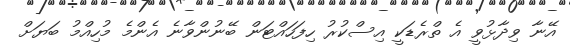
އޭނާ ވިދާޅުވީ އެ ތްރެޑަކީ އިސްކުރު ހިފަހައްޓަން ބޭނުންވާނެ އެންމެ މުހިއްމު ބަޔަށް